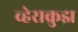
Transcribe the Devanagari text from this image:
व्हेराक्रुझ